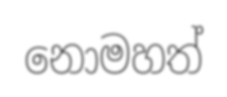
නොමහත්